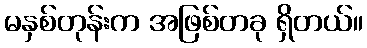
မနှစ်တုန်းက အဖြစ်တခု ရှိတယ်။